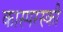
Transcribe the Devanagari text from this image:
कास्परस्की